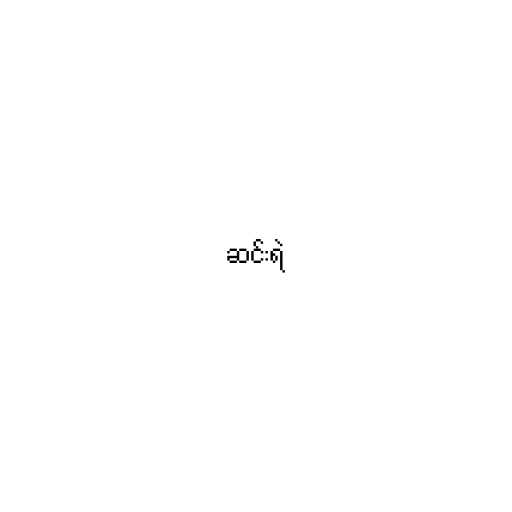
ဆင်းရဲ